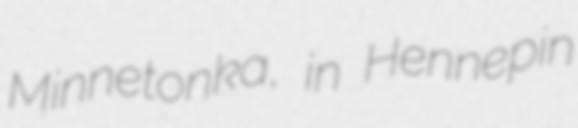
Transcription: Minnetonka, in Hennepin